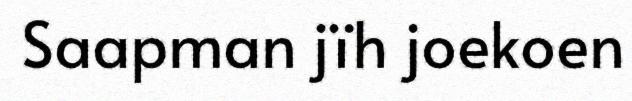
Saapman jïh joekoen